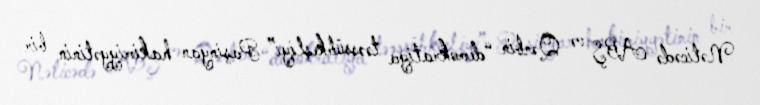
Nəticədə ABŞ və Qərbin “demokratiya təəssübkeşliyi” Paşinyan hakimiyyətinin bir